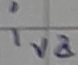
Text: iva